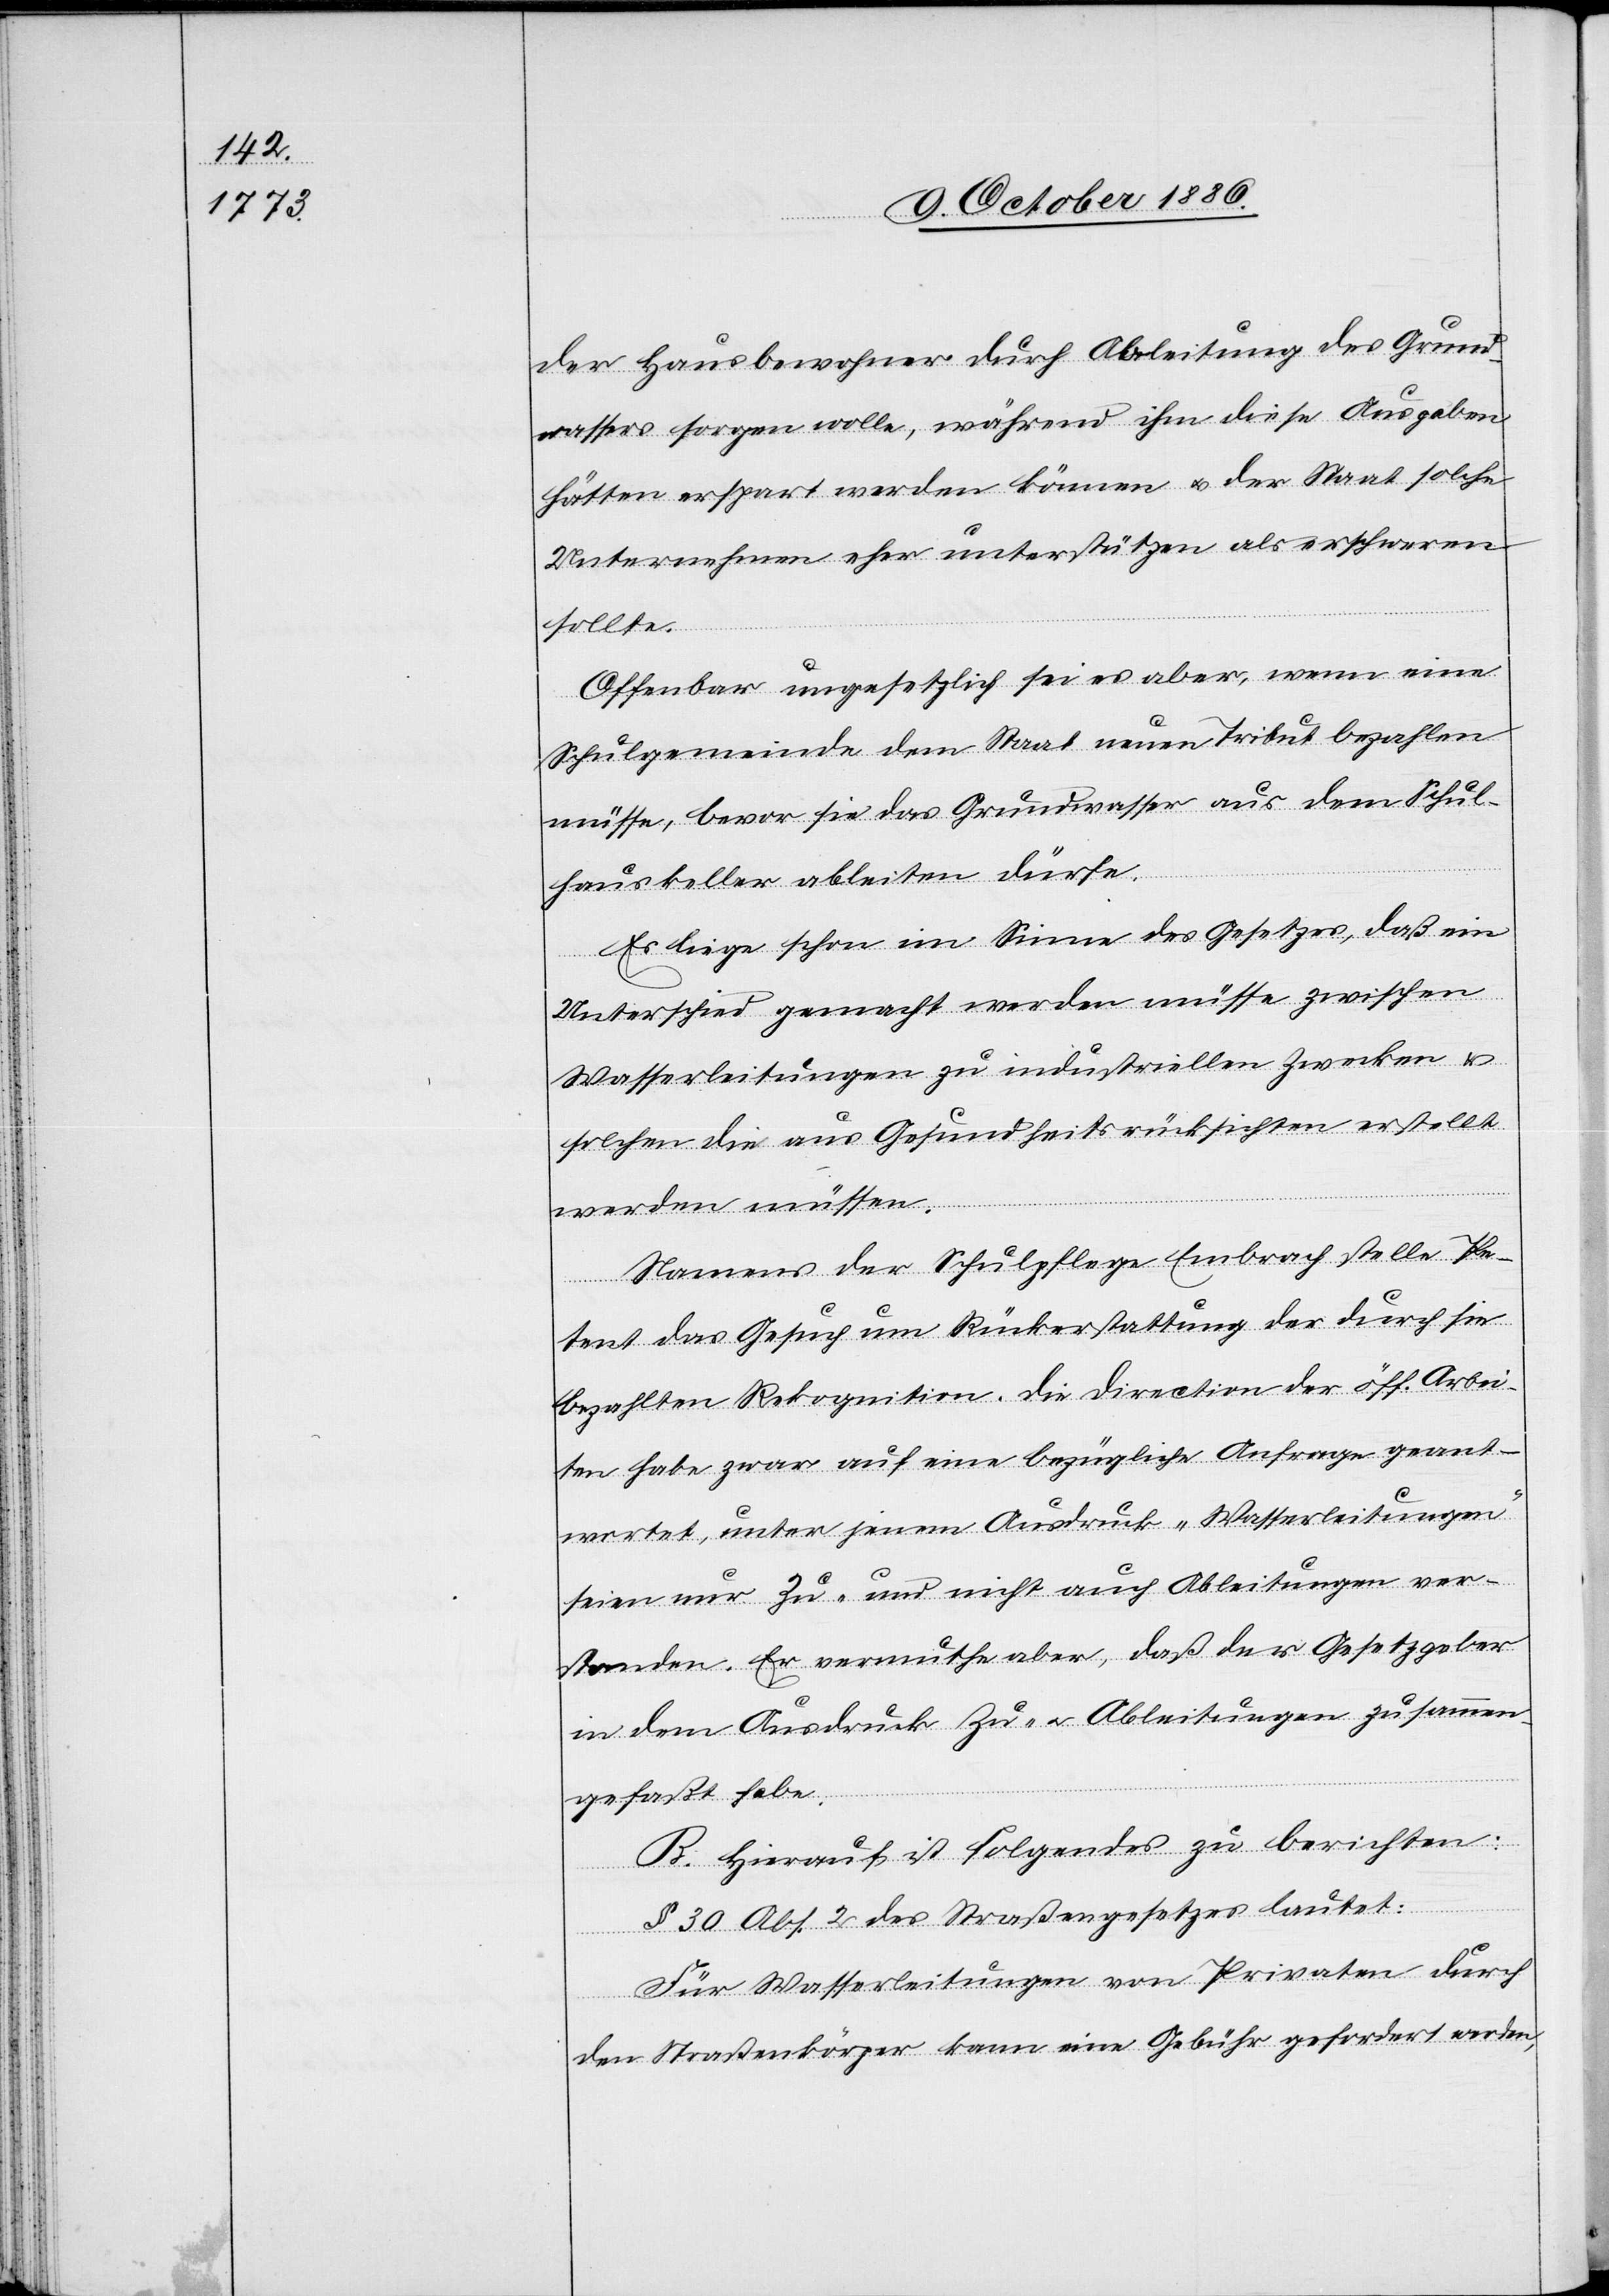
der Hausbewohner durch Ableitung des Grund¬
wassers sorgen wolle, während ihm diese Ausgaben
hätten erspart werden können & der Staat solche
Unternehmen eher unterstützen als erschweren
sollte.
Offenbar ungesetzlich sei es aber, wenn eine
Schulgemeinde dem Staat neuen Tribut bezahlen
müsse, bevor sie das Grundwasser aus dem Schul¬
hauskeller ableiten dürfe.
Es liege schon im Sinne des Gesetzes, daß ein
Unterschied gemacht werden müsse zwischen
Wasserleitungen zu industriellen Zwecken &
solchen die aus Gesundheitsrücksichten erstellt
werden müssen.
Namens der Schulpflege Embrach stelle Pe¬
tent das Gesuch um Rückerstattung der durch sie
bezahlten Rekognition. Die Direction der öff. Arbei¬
ten habe zwar auf eine bezügliche Anfrage geant¬
wortet, unter jenem Ausdruck „Wasserleitungen“
seien nur Zu- und nicht auch Ableitungen ver¬
standen. Er vermuthe aber, daß der Gesetzgeber
in dem Ausdruck Zu- & Ableitungen zusammen¬
gefaßt habe.
B. Hierauf ist Folgendes zu berichten:
§ 30 Abs. 2 des Straßengesetzes lautet:
Für Wasserleitungen von Privaten durch
den Straßenkörper kann eine Gebühr gefordert werden,